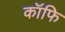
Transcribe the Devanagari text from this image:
कॉफि